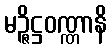
မဉ္ဇိဋ္ဌဝဏ္ဏာနိ